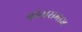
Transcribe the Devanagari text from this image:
श्रोतासमाज